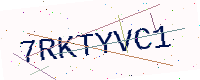
Text: 7RKTYVC1